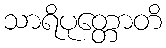
သာရိပုတ္တောတိ